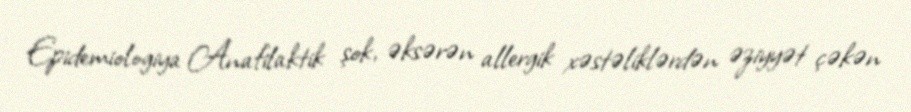
Epidemiologiya Anafilaktik şok, əksərən allergik xəstəliklərdən əziyyət çəkən